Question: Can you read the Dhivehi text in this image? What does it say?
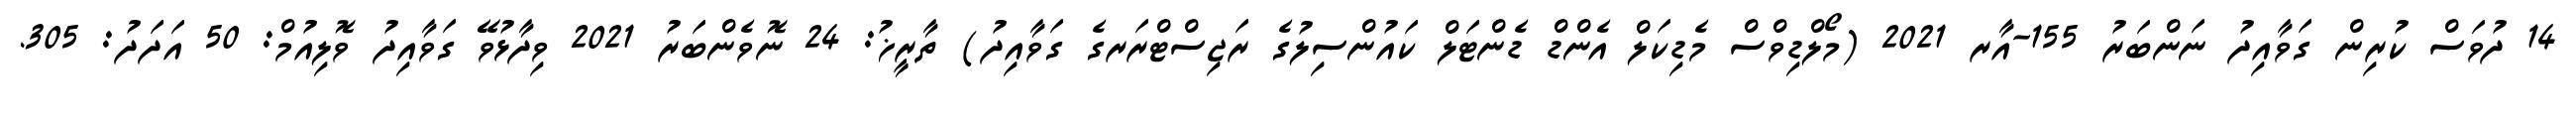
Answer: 14 ދުވަސް ކުރިން ގަވާއިދު ނަންބަރު 155-އާރ 2021 (މޯލްޑިވްސް މެޑިކަލް އެންޑް ޑެންޓަލް ކައުންސިލުގެ ރަޖިސްޓްރަރގެ ގަވާއިދު) ތާރީޚު: 24 ނޮވެންބަރު 2021 ވިދާޅުވޭ ގަވާއިދު ވޮލިއުމް: 50 އަދަދު: 305.